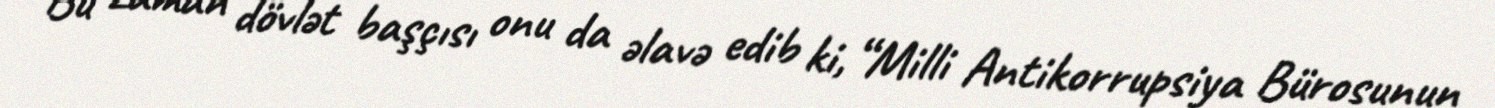
Bu zaman dövlət başçısı onu da əlavə edib ki, “Milli Antikorrupsiya Bürosunun